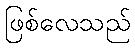
ဖြစ်လေသည်